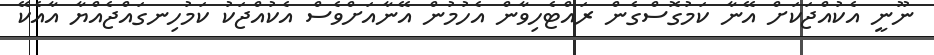
ނޫނީ އެކުއްޖަކަށް އޭނާ ކަމުގޮސްގެން ރައްޓެހިވާން އެހުމުން އޭނާއަށްވެސް އެކުއްޖަކު ކަމުހިނގައްޖެއްޔާ އާއެކޭ